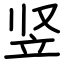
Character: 竖